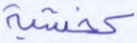
كخشية